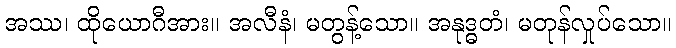
အဿ၊ ထိုယောဂီအား။ အလီနံ၊ မတွန့်သော။ အနုဒ္ဓတံ၊ မတုန်လှုပ်သော။